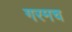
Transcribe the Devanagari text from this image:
गरमच